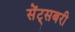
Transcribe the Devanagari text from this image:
सेंट्सबरी